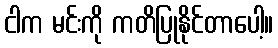
ငါက မင်းကို ကတိပြုနိုင်တာပေါ့။